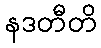
နဒတီတိ